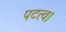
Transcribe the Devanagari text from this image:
पटत्व।